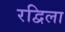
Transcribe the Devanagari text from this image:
रद्विला